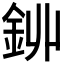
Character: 𨥥